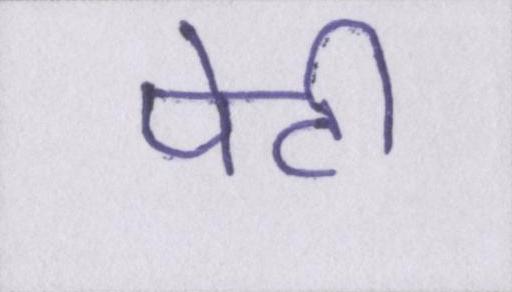
पेटी